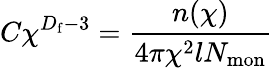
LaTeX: C\chi^{D_{\mathrm{f}}-3}=\frac{n(\chi)}{4\pi\chi^{2}lN_{\mathrm{mon}}}